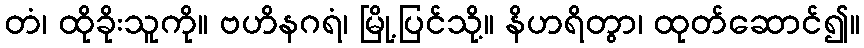
တံ၊ ထိုခိုးသူကို။ ဗဟိနဂရံ၊ မြို့ပြင်သို့။ နိဟရိတွာ၊ ထုတ်ဆောင်၍။